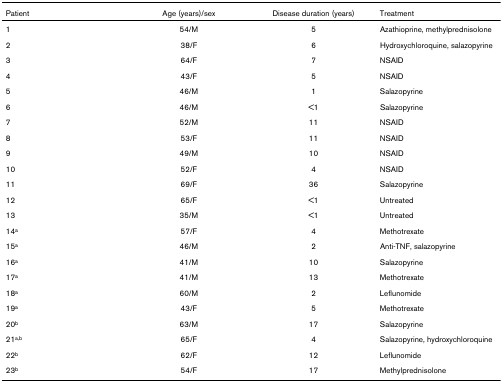
| Patient | Age (years)/sex | Disease duration (years) | Treatment |
 | --- | --- | --- | --- |
 | 1 | 54/M | 5 | Azathioprine, methylprednisolone |
 | 2 | 38/F | 6 | Hydroxychloroquine, salazopyrine |
 | 3 | 64/F | 7 | NSAID |
 | 4 | 43/F | 5 | NSAID |
 | 5 | 46/M | 1 | Salazopyrine |
 | 6 | 46/M | <1 | Salazopyrine |
 | 7 | 52/M | 11 | NSAID |
 | 8 | 53/F | 11 | NSAID |
 | 9 | 49/M | 10 | NSAID |
 | 10 | 52/F | 4 | NSAID |
 | 11 | 69/F | 36 | Salazopyrine |
 | 12 | 65/F | <1 | Untreated |
 | 13 | 35/M | <1 | Untreated |
 | 14a | 57/F | 4 | Methotrexate |
 | 15a | 46/M | 2 | Anti-TNF, salazopyrine |
 | 16a | 41/M | 10 | Salazopyrine |
 | 17a | 41/M | 13 | Methotrexate |
 | 18a | 60/M | 2 | Leflunomide |
 | 19a | 43/F | 5 | Methotrexate |
 | 20b | 63/M | 17 | Salazopyrine |
 | 21a,b | 65/F | 4 | Salazopyrine, hydroxychloroquine |
 | 22b | 62/F | 12 | Leflunomide |
 | 23b | 54/F | 17 | Methylprednisolone |